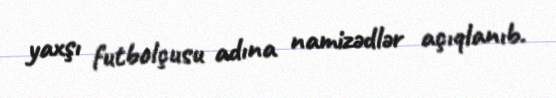
yaxşı futbolçusu adına namizədlər açıqlanıb.